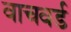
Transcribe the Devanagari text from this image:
वाचवर्ड